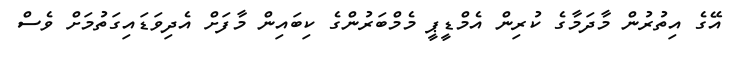
އޭގެ އިތުރުން މާދަމާގެ ކުރިން އެމްޑީޕީ މެމްބަރުންގެ ކިބައިން މާފަށް އެދިވަޑައިގަތުމަށް ވެސް